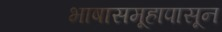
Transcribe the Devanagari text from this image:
भाषासमूहापासून